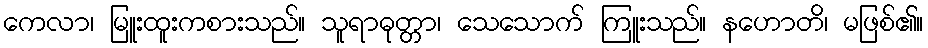
ကေလာ၊ မြူးထူးကစားသည်။ သူရာဓုတ္တာ၊ သေသောက် ကြူးသည်။ နဟောတိ၊ မဖြစ်၏။